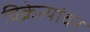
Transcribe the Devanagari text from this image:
विक्रेत्यांवर